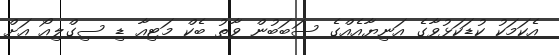
އެކަމަކު ކުޑަކަޅުވާގެ އަނިޔާއެއްގެ ސަބަބުން ވާތު ބެކް މަޓިއާ ޑި ސިގްލިއޯ އަށް